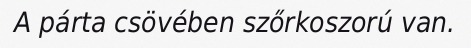
A párta csövében szőrkoszorú van.